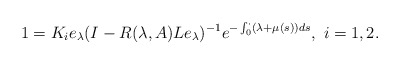
\begin{align*} 1=K_ie_\lambda(I-R(\lambda,A)Le_\lambda)^{-1}e^{-\int_0^\cdot(\lambda+\mu(s))ds},\ i=1,2.\end{align*}